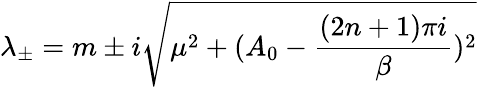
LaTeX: \lambda_{\pm}=m\pm i\sqrt{\mu^{2}+(A_{0}-\frac{(2n+1)\pi i}{\beta})^{2}}